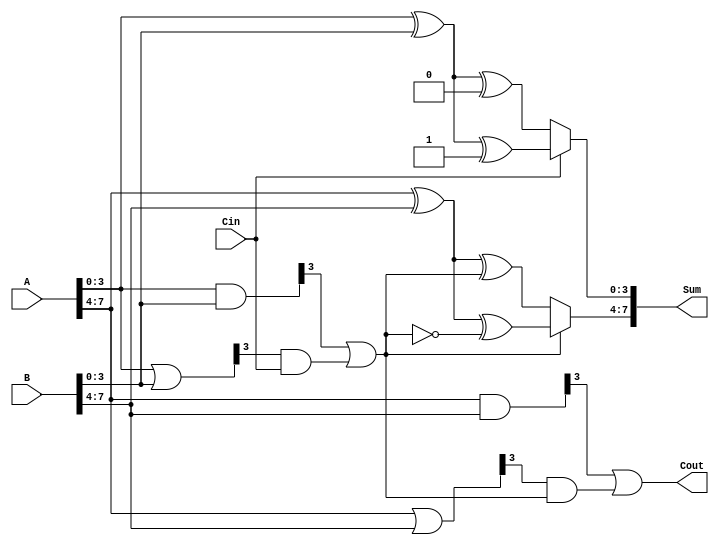
module CarrySelectAdder (
    input [7:0] A,        // 8-bit input A
    input [7:0] B,        // 8-bit input B
    input Cin,            // Carry-in
    output [7:0] Sum,     // 8-bit Sum output
    output Cout           // Carry-out
);
    // Internal signals
    wire [3:0] Sum0, Sum1; // Sum outputs for carry-in 0 and 1
    wire [3:0] G0, G1;     // Generate signals for each segment
    wire [3:0] P0, P1;     // Propagate signals for each segment
    wire C1, C2;           // Carry outputs from segments

    // First 4-bit segment
    // Generate and Propagate for A[3:0] and B[3:0]
    assign G0 = A[3:0] & B[3:0]; // Generate
    assign P0 = A[3:0] | B[3:0]; // Propagate

    // Sum for carry-in = 0
    assign Sum0 = A[3:0] ^ B[3:0] ^ 4'b0000; // Sum when Cin = 0
    assign C1 = G0[3] | (P0[3] & Cin); // Cout for the first segment

    // Sum for carry-in = 1
    assign Sum1 = A[3:0] ^ B[3:0] ^ 4'b0001; // Sum when Cin = 1

    // Select the Sum based on carry-in
    assign Sum[3:0] = Cin ? Sum1 : Sum0;

    // Second 4-bit segment
    // Generate and Propagate for A[7:4] and B[7:4]
    assign G1 = A[7:4] & B[7:4]; // Generate
    assign P1 = A[7:4] | B[7:4]; // Propagate

    // Sum for carry-in = C1
    wire [3:0] Sum2, Sum3;
    assign Sum2 = A[7:4] ^ B[7:4] ^ C1; // Sum when Cin = C1
    assign Sum3 = A[7:4] ^ B[7:4] ^ (C1 ^ 1'b1); // Sum when Cin = C1 ^ 1

    // Final carry-out for the second segment
    assign Cout = G1[3] | (P1[3] & C1);

    // Final Sum output
    assign Sum[7:4] = C1 ? Sum3 : Sum2;

endmodule